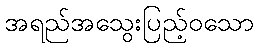
အရည်အသွေးပြည့်ဝသော